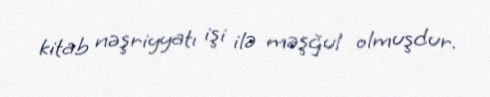
kitab nəşriyyatı işi ilə məşğul olmuşdur.